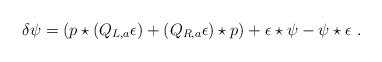
\begin{align*}\delta\psi= (p\star (Q_{L,a}\epsilon)+(Q_{R,a}\epsilon)\star p)+\epsilon\star \psi-\psi\star\epsilon\,\,.\end{align*}